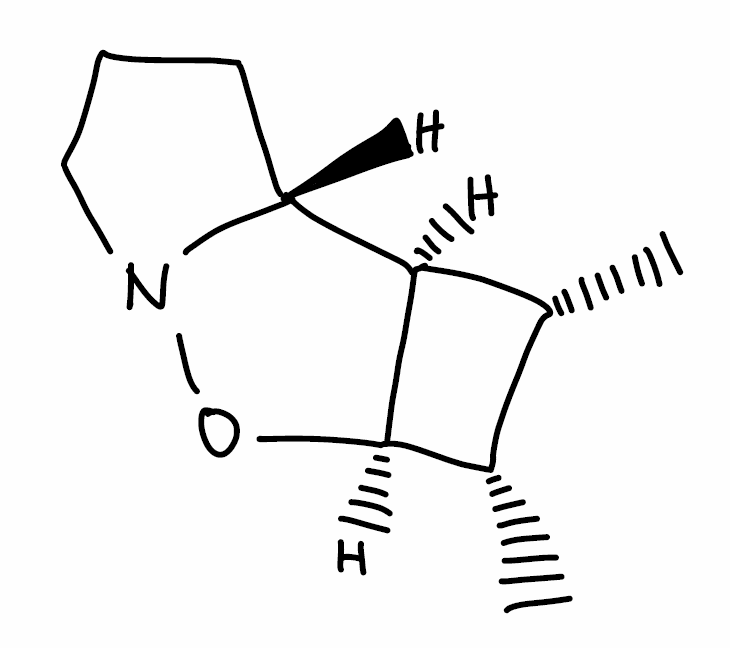
Simplified molecular-input line-entry system (SMILES) notation of the given molecule:
C[C@@H]1[C@@H]([C@@H]2[C@H]1[C@H]3CCCN3O2)C